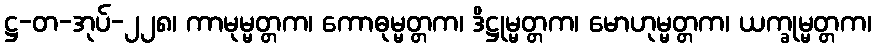
ဋ္ဌ-တ-အုပ်-၂၂၈၊ ကာမုမ္မတ္တက၊ ကောဓုမ္မတ္တက၊ ဒိဋ္ဌုမ္မတ္တက၊ မောဟုမ္မတ္တက၊ ယက္ခုမ္မတ္တက၊